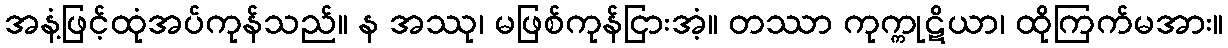
အနံ့ဖြင့်ထုံအပ်ကုန်သည်။ န အဿု၊ မဖြစ်ကုန်ငြားအံ့။ တဿာ ကုက္ကုဋိယာ၊ ထိုကြက်မအား။